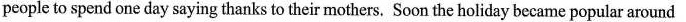
people to spend one day saying thanks to their mothers. Soon the holiday became popular around